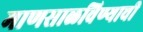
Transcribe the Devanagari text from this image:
माणसाळविण्याची